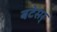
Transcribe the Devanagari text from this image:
बटेसर्